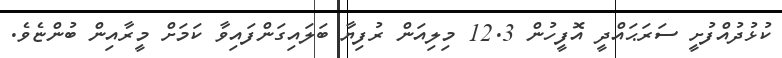
ކުޅުދުއްފުށީ ސަރަޙައްދީ އޮފީހުން 12.3 މިލިއަން ރުފިޔާ ބަލައިގަންފައިވާ ކަމަށް މީރާއިން ބުންޏެވެ.